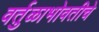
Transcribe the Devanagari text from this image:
वर्तुळाभोवतीचे